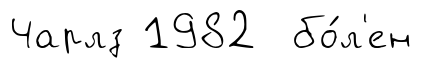
Чарлз 1982 бо́л'ен